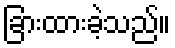
ခြားထားခဲ့သည်။